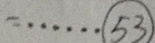
- \cdots \textcircled { 5 3 }